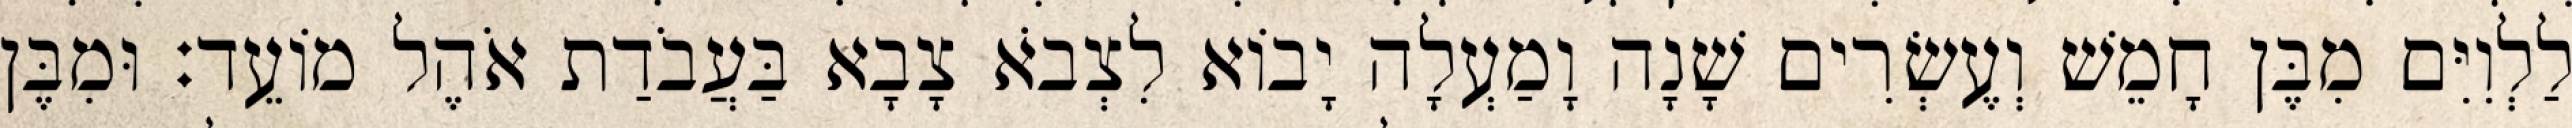
לַלְוִיִּם מִבֶּן חָמֵשׁ וְעֶשְׂרִים שָׁנָה וָמַעְלָה יָבוֹא לִצְבֹא צָבָא בַּעֲבֹדַת אֹהֶל מוֹעֵד׃ וּמִבֶּן